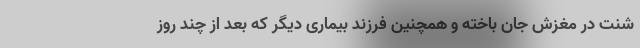
شنت در مغزش جان باخته و همچنین فرزند بیماری دیگر که بعد از چند روز